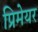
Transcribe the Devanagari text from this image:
प्रिमेयर